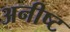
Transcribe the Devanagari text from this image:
अनीष्ट